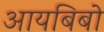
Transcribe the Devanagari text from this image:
आयबिबो